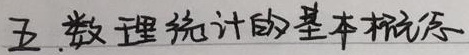
五. 数理统计的基本概念